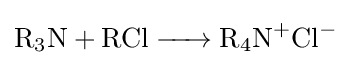
{\ce {R3N + RCl -> R4N+Cl-}}